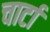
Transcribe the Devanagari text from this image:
चार्टा